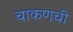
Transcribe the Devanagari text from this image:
चाकणची